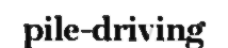
pile-driving